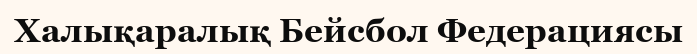
Халықаралық Бейсбол Федерациясы